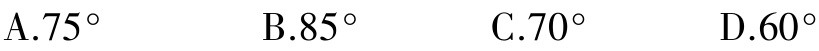
A. \(75^{\circ}\)  B. \(85^{\circ}\)  C. \(70^{\circ}\)  D. \(60^{\circ}\)